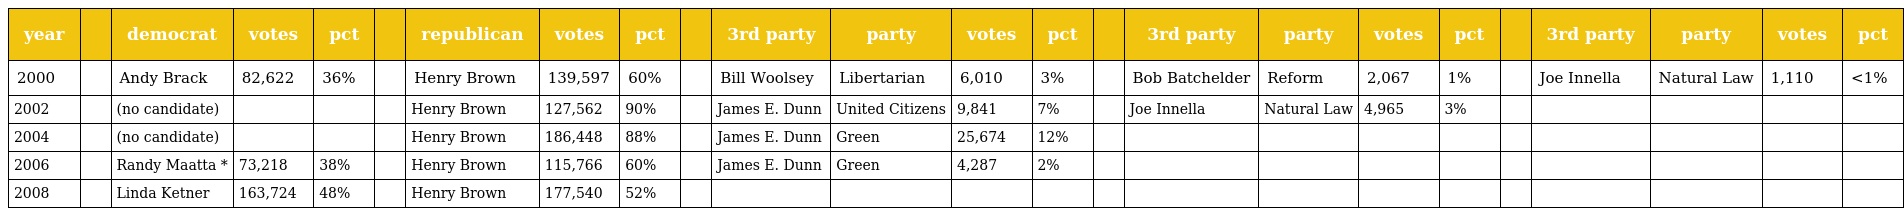
| year |  | democrat | votes | pct |  | republican | votes | pct |  | 3rd party | party | votes | pct |  | 3rd party | party | votes | pct |  | 3rd party | party | votes | pct |
 | --- | --- | --- | --- | --- | --- | --- | --- | --- | --- | --- | --- | --- | --- | --- | --- | --- | --- | --- | --- | --- | --- | --- | --- |
 | 2000 |  | Andy Brack | 82,622 | 36% |  | Henry Brown | 139,597 | 60% |  | Bill Woolsey | Libertarian | 6,010 | 3% |  | Bob Batchelder | Reform | 2,067 | 1% |  | Joe Innella | Natural Law | 1,110 | <1% |
 | 2002 |  | (no candidate) |  |  |  | Henry Brown | 127,562 | 90% |  | James E. Dunn | United Citizens | 9,841 | 7% |  | Joe Innella | Natural Law | 4,965 | 3% |  |  |  |  |  |
 | 2004 |  | (no candidate) |  |  |  | Henry Brown | 186,448 | 88% |  | James E. Dunn | Green | 25,674 | 12% |  |  |  |  |  |  |  |  |  |  |
 | 2006 |  | Randy Maatta * | 73,218 | 38% |  | Henry Brown | 115,766 | 60% |  | James E. Dunn | Green | 4,287 | 2% |  |  |  |  |  |  |  |  |  |  |
 | 2008 |  | Linda Ketner | 163,724 | 48% |  | Henry Brown | 177,540 | 52% |  |  |  |  |  |  |  |  |  |  |  |  |  |  |  |